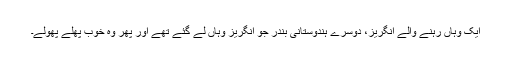
ایک وہاں رہنے والے انگریز، دوسرے ہندوستانی بندر جو انگریز وہاں لے گئے تھے اور پھر وہ خوب پھلے پھولے۔